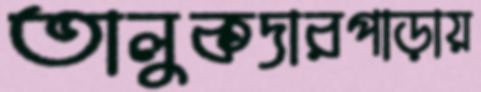
তালুকদারপাড়ায়